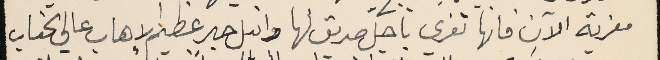
معزية الآن فانها تعزي باجل صديق لها وانبل حبر عظيم لاهاب عالى الجناب